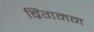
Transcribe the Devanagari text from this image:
ब्रिंगमन